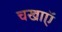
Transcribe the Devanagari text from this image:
चखाएॅ